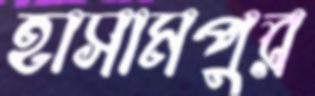
হাসামপুর